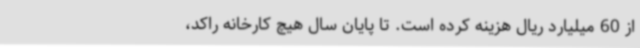
از 60 میلیارد ریال هزینه کرده است. تا پایان سال هیچ کارخانه راکد،